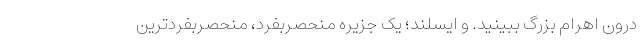
درون اهرام بزرگ ببینید. و ایسلند؛ یک جزیره منحصربفرد، منحصربفرد‌ترین